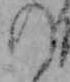
の